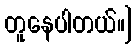
တူနေပါတယ်။]